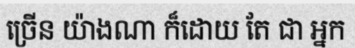
ច្រើន យ៉ាងណា ក៏ដោយ តែ ជា ឣ្នក